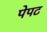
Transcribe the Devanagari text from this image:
पेपट